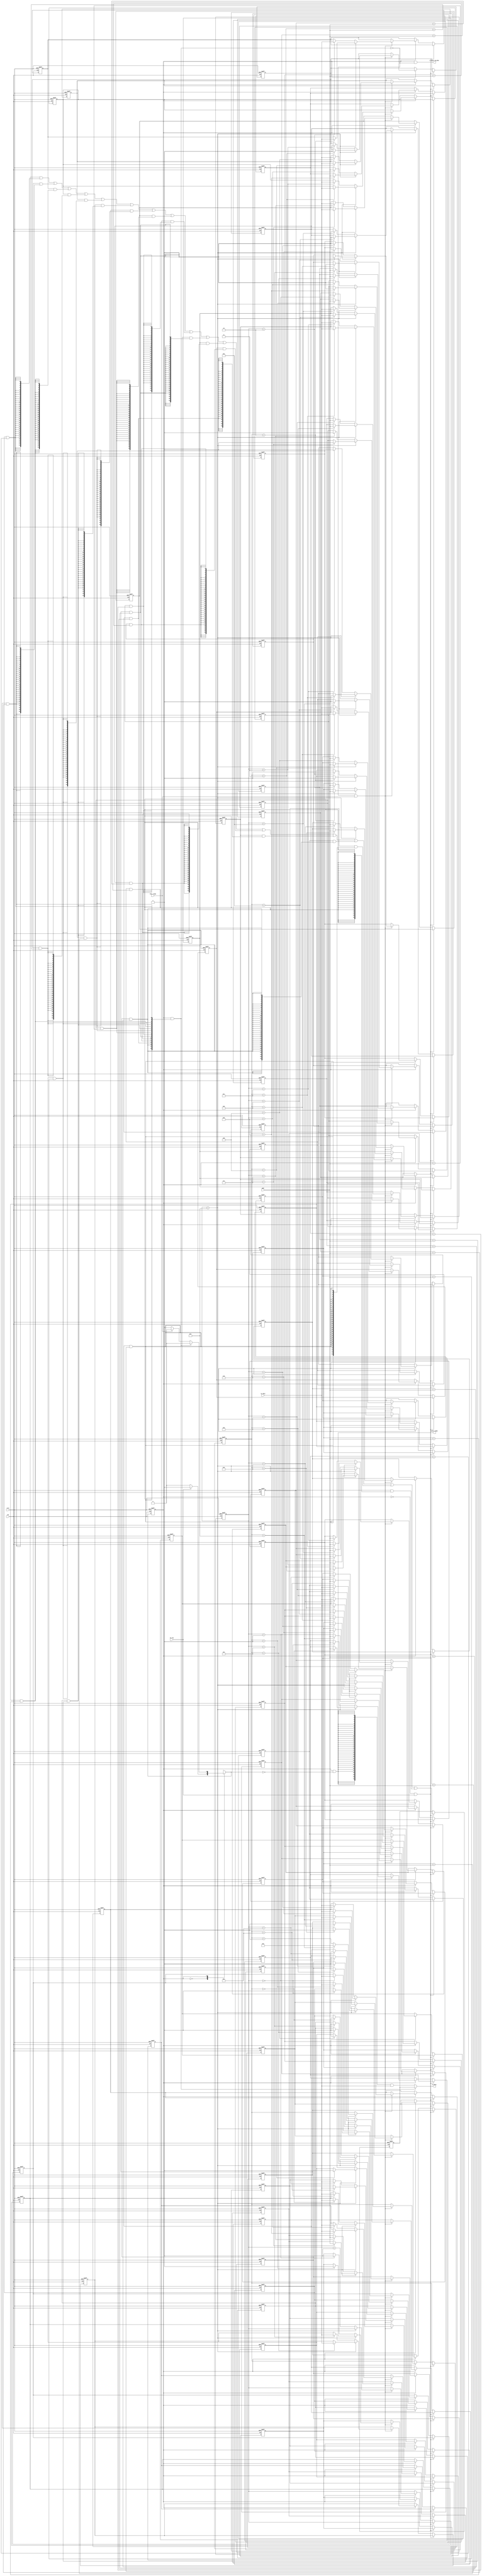
module I_Cache (
    input           clk, rstn, 
    input  [31:0]   addr,        // 
    input           rd_req,      // 
    input  [31:0]   wr_data,     // word
    input           Inst_ready,  // 
    output          cache_ready, // cache
    output [31:0]   rd_data,      // word
    output          I_Cache_req_Mem     // memory
);

    reg  [31:0] data  [0:15]; // 16block, block 32bit
    reg  [31:0] tag   [0:15]; // 16block, block 32bit tag
    reg         valid [0:15]; 
    reg         state, nxt_state;
    reg         hit;
    reg  [15:0] read_ptr;
    reg  [3:0]  write_ptr;
    reg  [3:0]  FIFO_depth;
    reg  [31:0] rd_data_buff;
    integer i;
    integer j;

    always @(posedge clk or negedge rstn) begin
        if(!rstn) state <= 1'b0;
        else state <= nxt_state;
    end

    always@(*) begin
        case(state)
        1'b0: //
            if(rd_req) nxt_state = 1'b1;
            else nxt_state = 1'b0;
        1'b1: //, memory
            if(hit) nxt_state = 1'b0;
            else if(Inst_ready) nxt_state = 1'b0;
            else nxt_state = 1'b1;
        endcase
    end

    always@(*) begin
            for(i=0; i<16; i=i+1) begin
                read_ptr[i] = valid[i] && (tag[i] == addr);
            end        
            hit = state && read_ptr;                         
    end

    always@(posedge clk or negedge rstn) begin
        if(!rstn) begin
            for(j=0; j<16; j=j+1) begin
               data[j] <= 0;
               tag[j] <= 0;
               valid[j] <= 0;
            end                    
            write_ptr <= 0;
            rd_data_buff <= 0;
            FIFO_depth <= 0;
        end
        else begin         
            if(!state & rd_req) begin            
                rd_data_buff <=  data[0] & {32{read_ptr[0]}} |
                            data[1] & {32{read_ptr[1]}} |
                            data[2] & {32{read_ptr[2]}} |
                            data[3] & {32{read_ptr[3]}} |
                            data[4] & {32{read_ptr[4]}} |
                            data[5] & {32{read_ptr[5]}} |
                            data[6] & {32{read_ptr[6]}} |   
                            data[7] & {32{read_ptr[7]}} |
                            data[8] & {32{read_ptr[8]}} |
                            data[9] & {32{read_ptr[9]}} |
                            data[10] & {32{read_ptr[10]}} |
                            data[11] & {32{read_ptr[11]}} |
                            data[12] & {32{read_ptr[12]}} |
                            data[13] & {32{read_ptr[13]}} |
                            data[14] & {32{read_ptr[14]}} |
                            data[15] & {32{read_ptr[15]}} ;
            end
            else if(state) begin      
                if(!hit && Inst_ready) begin
                    if(FIFO_depth == 4'b1111) begin
                        write_ptr <= (write_ptr == 4'b1111)? 4'b0: write_ptr + 1;
                        data[write_ptr] <= wr_data;
                        valid[write_ptr] <= 1;
                        tag[write_ptr] <= addr;
                    end
                    else begin
                        FIFO_depth <= FIFO_depth + 1;    
                        data[FIFO_depth] <= wr_data;
                        valid[FIFO_depth] <= 1;
                        tag[FIFO_depth] <= addr;
                    end
                end
            end
        end
    end

    assign cache_ready = state & (!nxt_state);
    assign rd_data = hit? rd_data_buff: {32{state & !nxt_state}} & wr_data;
    assign I_Cache_req_Mem = state && !hit;
endmodule